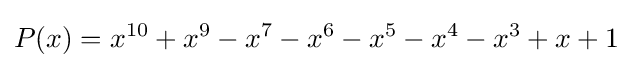
P(x)=x^{10}+x^{9}-x^{7}-x^{6}-x^{5}-x^{4}-x^{3}+x+1